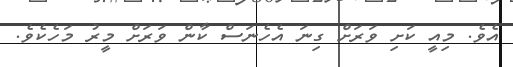
އެވެ. މިއީ ކަށި ވަރަށް ގިނަ އެހެނަސް ކާން ވަރަށް މީރު މަހެކެވެ.